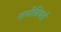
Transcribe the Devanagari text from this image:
नामीबियाई